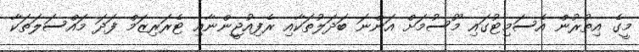
މީގެ އިތުރުން އެސަމިޓުގައި މޫސުމަށް އަންނަ ބަދަލުތަކާއި ރެފިއުޖީންނާއި ޓެރަރިޒަމް ފަދަ މައްސަލަތަކާ